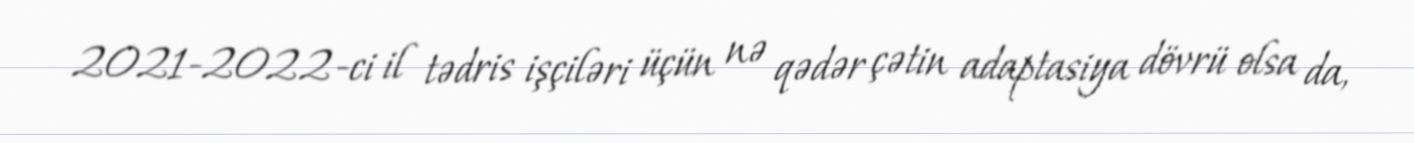
2021-2022-ci il tədris işçiləri üçün nə qədər çətin adaptasiya dövrü olsa da,